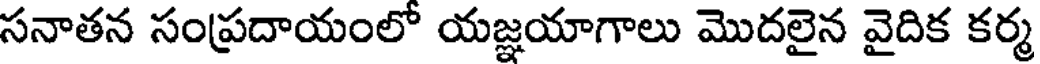
సనాతన సంప్రదాయంలో యజ్ఞయాగాలు మొదలైన వైదిక కర్మ